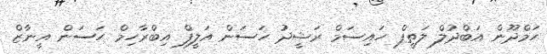
ހަމްދޫން އަބްދުލް ލަތީފް ހައިސަމް ރަޝީދު ހަސަން އަލީފް އިބްރާހިމް ހަސަން އީނާޒް